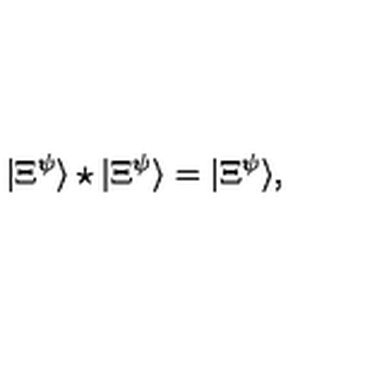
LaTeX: | \Xi ^ { \psi } \rangle \star | \Xi ^ { \psi } \rangle = | \Xi ^ { \psi } \rangle ,